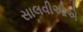
સાલવીઓએ